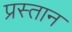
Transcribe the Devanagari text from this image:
प्रस्तान